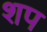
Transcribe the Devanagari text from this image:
शप